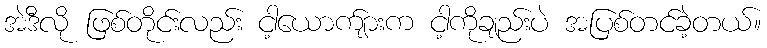
အဲဒီလို ဖြစ်တိုင်းလည်း ငါ့ယောက်ျားက ငါ့ကိုချည်းပဲ အပြစ်တင်ခဲ့တယ်။